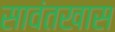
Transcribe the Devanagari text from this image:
सावंतखास